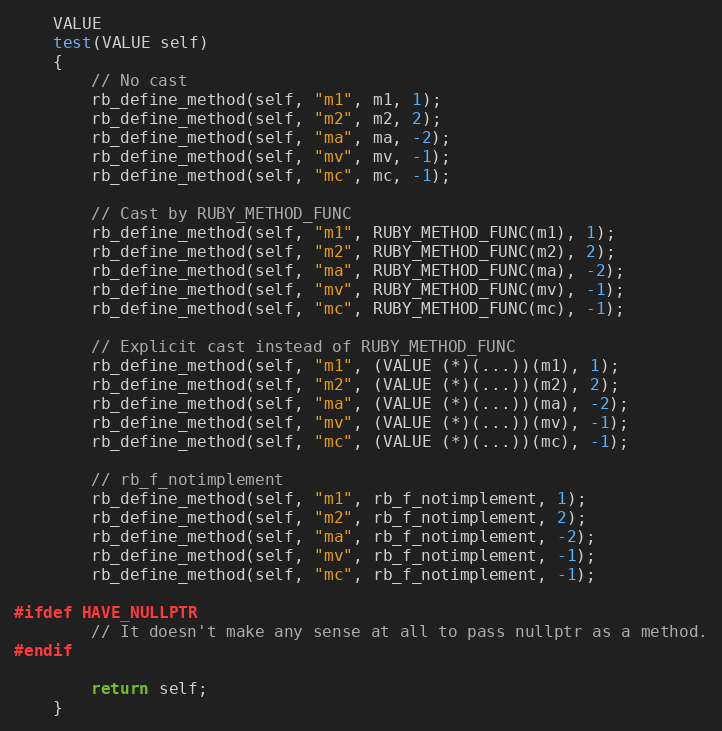
Language: C++
    VALUE
    test(VALUE self)
    {
        // No cast
        rb_define_method(self, "m1", m1, 1);
        rb_define_method(self, "m2", m2, 2);
        rb_define_method(self, "ma", ma, -2);
        rb_define_method(self, "mv", mv, -1);
        rb_define_method(self, "mc", mc, -1);

        // Cast by RUBY_METHOD_FUNC
        rb_define_method(self, "m1", RUBY_METHOD_FUNC(m1), 1);
        rb_define_method(self, "m2", RUBY_METHOD_FUNC(m2), 2);
        rb_define_method(self, "ma", RUBY_METHOD_FUNC(ma), -2);
        rb_define_method(self, "mv", RUBY_METHOD_FUNC(mv), -1);
        rb_define_method(self, "mc", RUBY_METHOD_FUNC(mc), -1);

        // Explicit cast instead of RUBY_METHOD_FUNC
        rb_define_method(self, "m1", (VALUE (*)(...))(m1), 1);
        rb_define_method(self, "m2", (VALUE (*)(...))(m2), 2);
        rb_define_method(self, "ma", (VALUE (*)(...))(ma), -2);
        rb_define_method(self, "mv", (VALUE (*)(...))(mv), -1);
        rb_define_method(self, "mc", (VALUE (*)(...))(mc), -1);

        // rb_f_notimplement
        rb_define_method(self, "m1", rb_f_notimplement, 1);
        rb_define_method(self, "m2", rb_f_notimplement, 2);
        rb_define_method(self, "ma", rb_f_notimplement, -2);
        rb_define_method(self, "mv", rb_f_notimplement, -1);
        rb_define_method(self, "mc", rb_f_notimplement, -1);

#ifdef HAVE_NULLPTR
        // It doesn't make any sense at all to pass nullptr as a method.
#endif

        return self;
    }